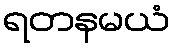
ရတနမယံ